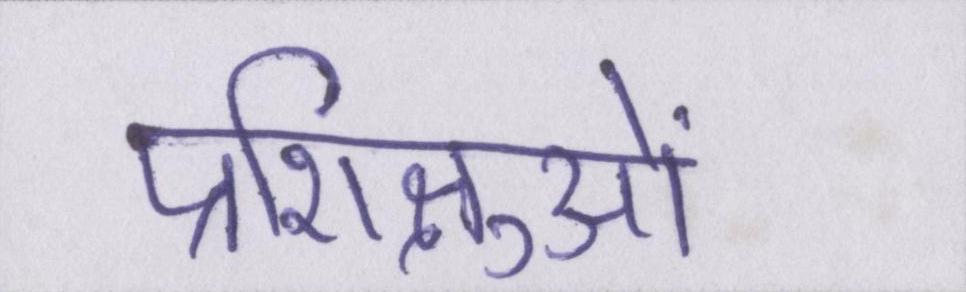
प्रशिक्षुओं